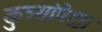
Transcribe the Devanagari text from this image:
कुत्र्यांपेक्षा